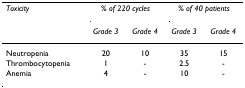
<table><thead><tr><td><b><i>Toxicity</i></b></td><td colspan="2"><b><i>% of 220 cycles</i></b></td><td colspan="2"><b><i>% of 40 patients</i></b></td></tr><tr><td></td><td><b><i>Grade 3</i></b></td><td><b><i>Grade 4</i></b></td><td><b><i>Grade 3</i></b></td><td><b><i>Grade 4</i></b></td></tr></thead><tbody><tr><td>Neutropenia</td><td>20</td><td>10</td><td>35</td><td>15</td></tr><tr><td>Thrombocytopenia</td><td>1</td><td>-</td><td>2.5</td><td>-</td></tr><tr><td>Anemia</td><td>4</td><td>-</td><td>10</td><td>-</td></tr></tbody></table>